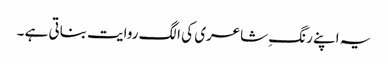
یہ اپنے رنگِ شاعری کی الگ روایت بناتی ہے ۔